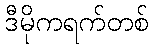
ဒီမိုကရက်တစ်